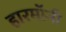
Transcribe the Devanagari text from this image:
हारमॉनी